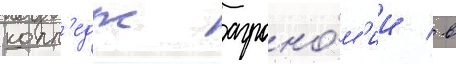
колл'едж агроно́м'ии / в